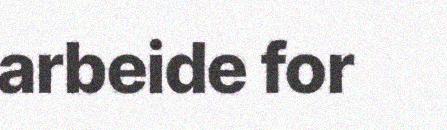
arbeide for